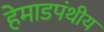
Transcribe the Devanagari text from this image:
हेमाडपंथीय